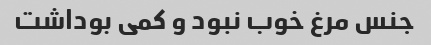
جنس مرغ خوب نبود و کمی بوداشت